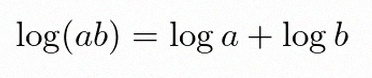
\log(ab)=\log a+\log b